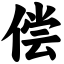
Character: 偿